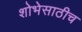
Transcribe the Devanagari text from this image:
शोभेसाठीच